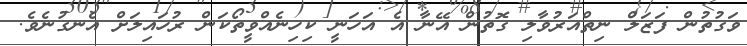
ވަގުތުން ފަޒަލް ނިތްއަރުވާލި ގޮތުން އޭނާ އެ އަހަނީ ކިހިނެއްވީތޯކަން ރުހައިލަށް އެނގުނެވެ.